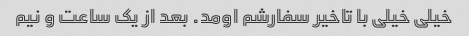
خیلی خیلی با تاخیر سفارشم اومد. بعد از یک ساعت و نیم